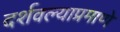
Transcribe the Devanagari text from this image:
दर्शवल्याप्रमाणे